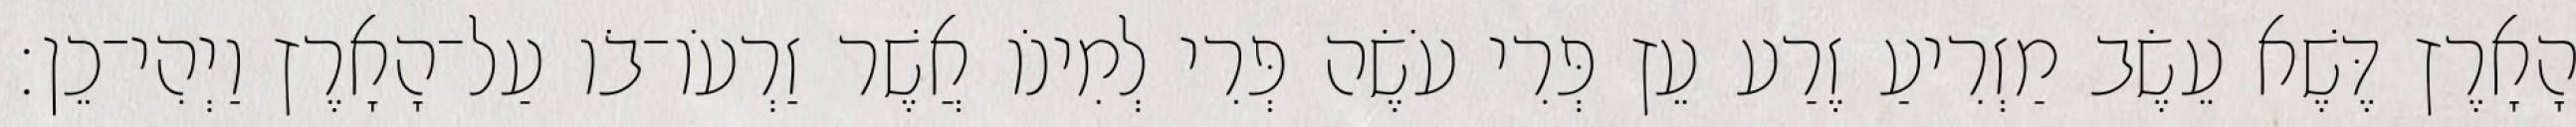
הָאָרֶץ דֶּשֶׁא עֵשֶׂב מַזְרִיעַ זֶרַע עֵץ פְּרִי עֹשֶׂה פְּרִי לְמִינֹו אֲשֶׁר זַרְעֹו־בֹו עַל־הָאָרֶץ וַיְהִי־כֵן׃